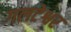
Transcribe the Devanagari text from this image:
गलटेश्वर